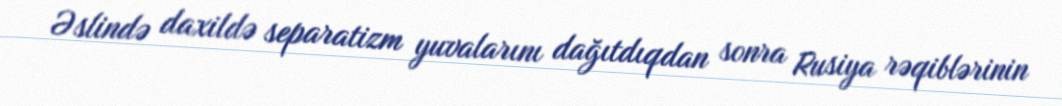
Əslində daxildə separatizm yuvalarını dağıtdıqdan sonra Rusiya rəqiblərinin